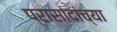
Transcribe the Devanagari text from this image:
प्रासादांच्या